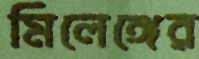
মিলেঙ্গের